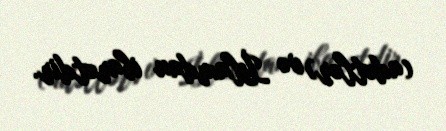
(adətlər) və İslamdan ibarətdir.